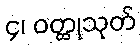
၄၊ ဝတ္ထုသုတ်